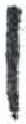
אות: ן